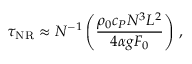
\tau _ { \mathrm { N R } } \approx N ^ { - 1 } \left( \frac { \rho _ { 0 } c _ { P } N ^ { 3 } L ^ { 2 } } { 4 \alpha g F _ { 0 } } \right) \, ,